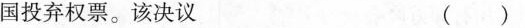
国投弃权票。该决议 ()